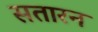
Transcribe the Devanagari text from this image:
सतारन